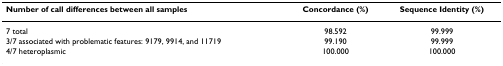
<table><thead><tr><td><b>Number of call differences between all samples</b></td><td><b>Concordance (%)</b></td><td><b>Sequence Identity (%)</b></td></tr></thead><tbody><tr><td>7 total</td><td>98.592</td><td>99.999</td></tr><tr><td>3/7 associated with problematic features: 9179, 9914, and 11719</td><td>99.190</td><td>99.999</td></tr><tr><td>4/7 heteroplasmic</td><td>100.000</td><td>100.000</td></tr></tbody></table>